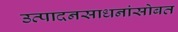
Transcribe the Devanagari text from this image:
उत्पादनसाधनांसोबत